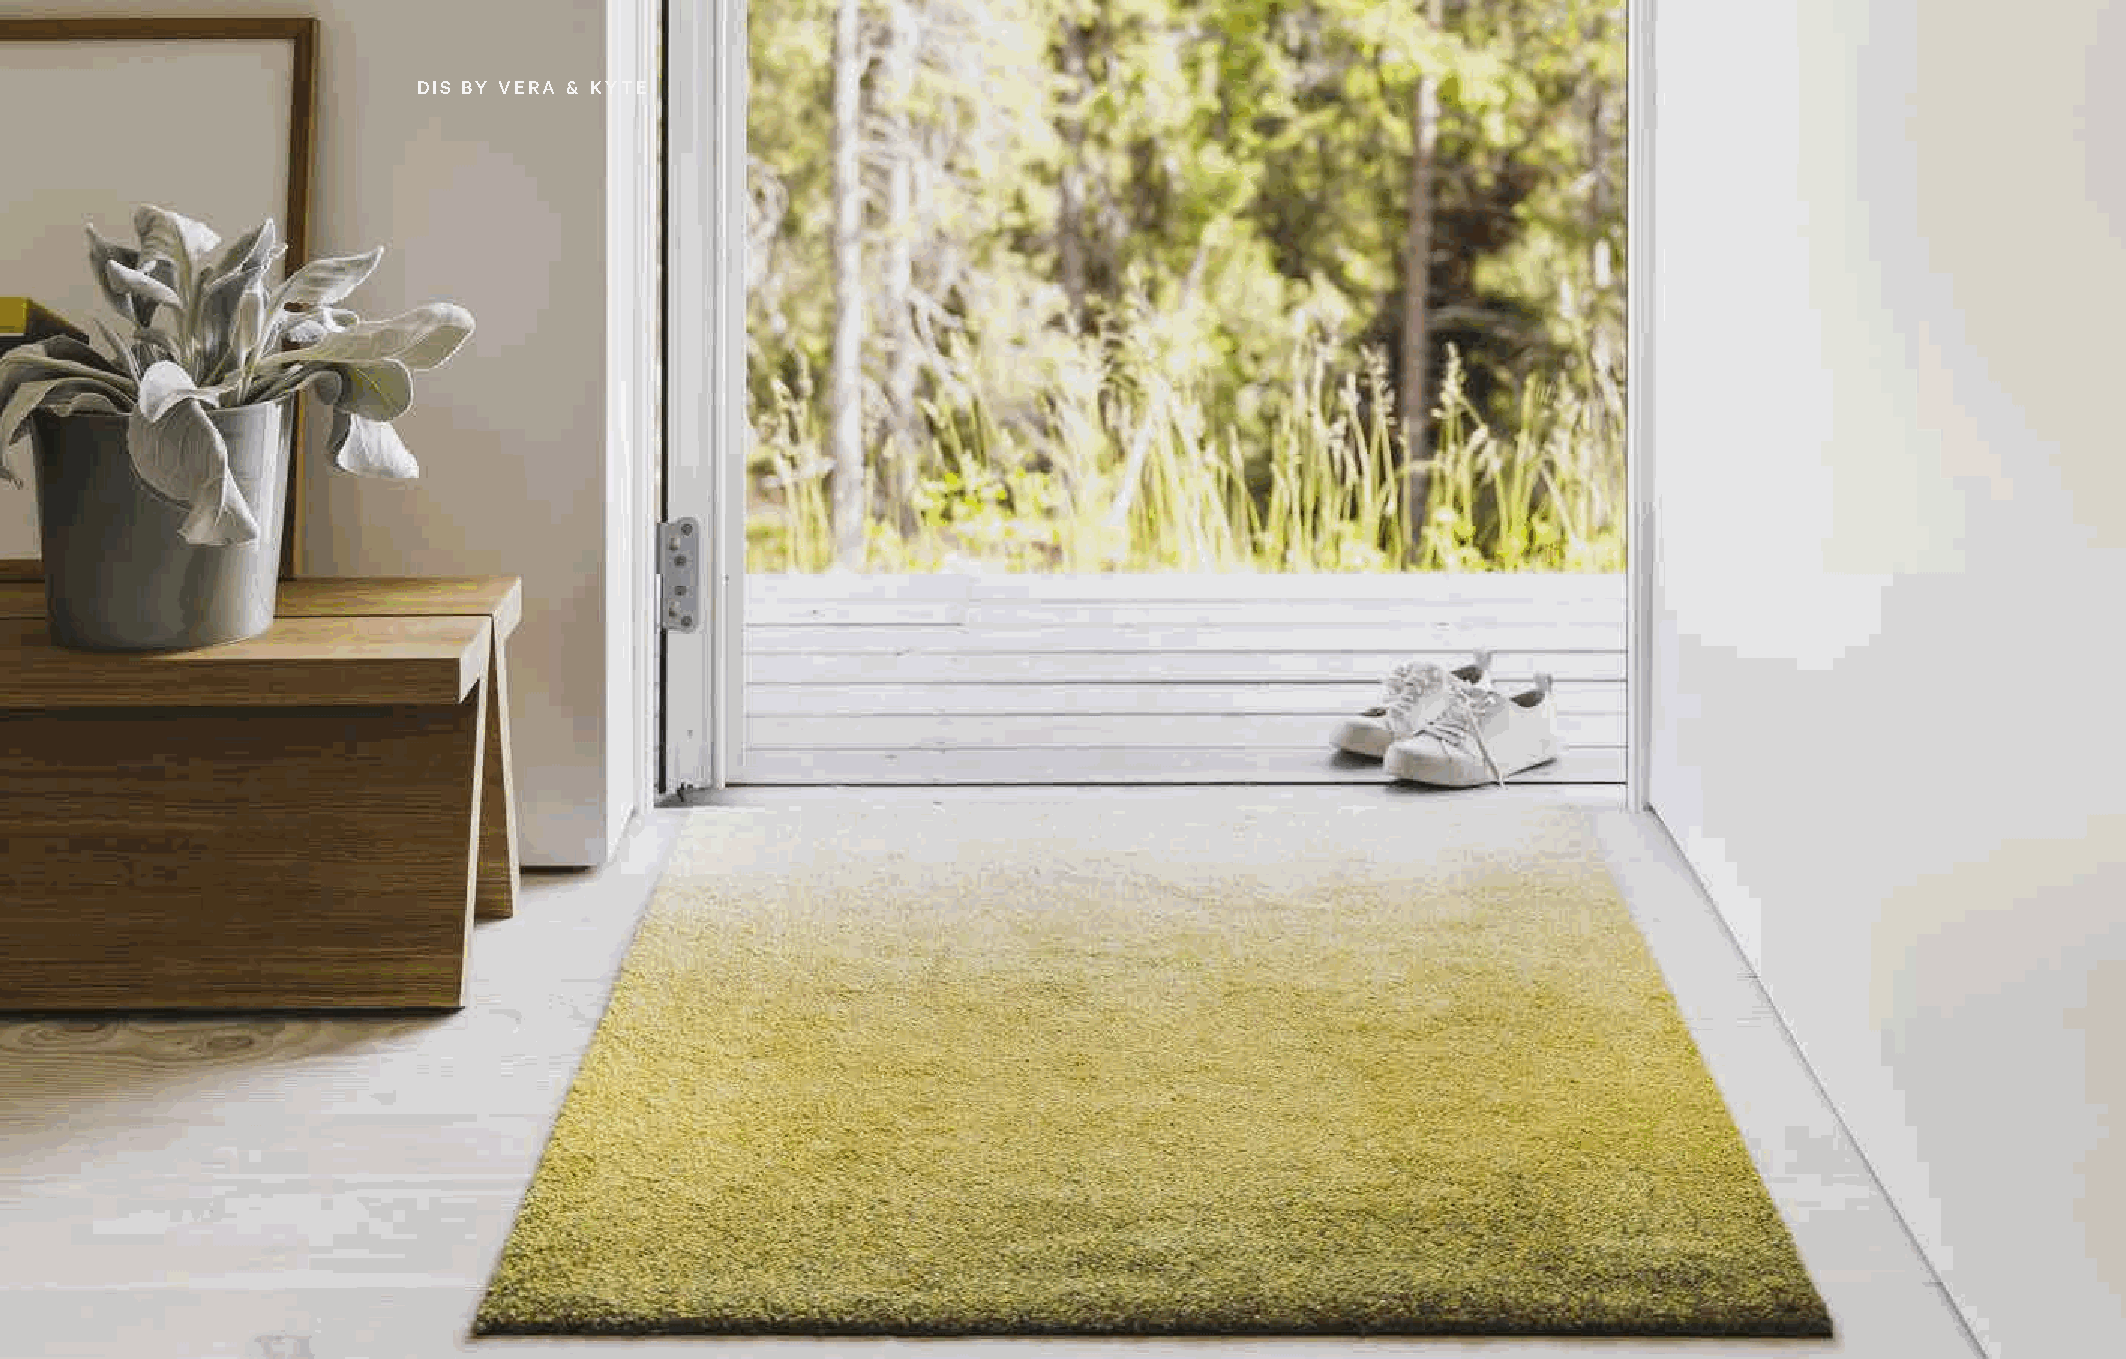
COLLECTION
 DIS BY VERA & KYTE                                                       COLLECTION
 32                                                                    33